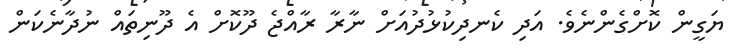
ޔަގީން ކޮށްގެންނެވެ. އަދި ކެނދިކުޅުދުއަށް ނާރާ ރާއްޖެ ދޫކޮށް އެ ދޫނިތައް ނުދާނެކަން